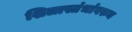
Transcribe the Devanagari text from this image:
शिलास्तंभांवरुन